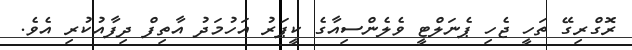
ރޮގްރިގޭ ތަހީ ޖެހި ޕެނަލްޓީ ވެލެންސިއާގެ ކީޕަރު އަހުމަދު އާތިފް ދިފާއުކުރި އެވެ.